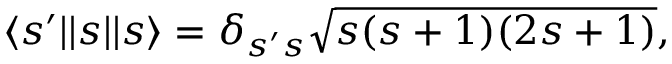
\begin{array} { r } { \langle s ^ { \prime } | | s | | s \rangle = \delta _ { s ^ { \prime } s } \sqrt { s ( s + 1 ) ( 2 s + 1 ) } , } \end{array}